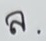
ล.